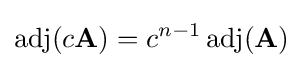
\operatorname {adj} (c\mathbf {A} )=c^{n-1}\operatorname {adj} (\mathbf {A} )